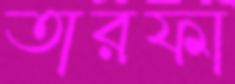
তারফা